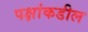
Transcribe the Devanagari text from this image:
पक्षांकडील